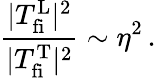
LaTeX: \frac{|T_{\mathrm{fi}}^{\mathrm{L}}|^{2}}{|T_{\mathrm{fi}}^{\mathrm{T}}|^{2}}\sim\eta^{2}\, .